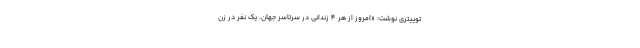
توییتری نوشت: «امروز از هر 4 زندانی در سرتاسر جهان،‌ یک نفر در زن